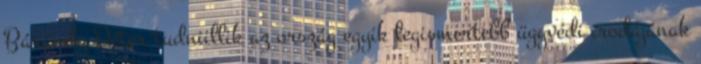
Bárándy Péter tudniillik az ország egyik legismertebb ügyvédi irodájának